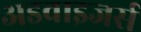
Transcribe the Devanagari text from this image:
अडवाइजर्स